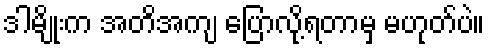
ဒါမျိုးက အတိအကျ ပြောလို့ရတာမှ မဟုတ်ပဲ။